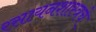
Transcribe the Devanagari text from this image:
रसायनशास्त्रचे